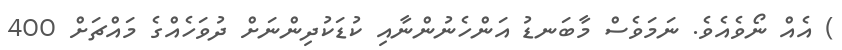
) އެއް ނޯވެއެވެ. ނަމަވެސް މާބަނޑު އަންހެނުންނާއި ކުޑަކުދިންނަށް ދުވަހެއްގެ މައްޗަށް 400